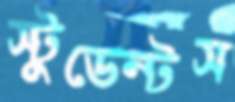
স্টুডেন্টস